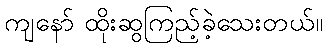
ကျနော် ထိုးဆွကြည့်ခဲ့သေးတယ်။